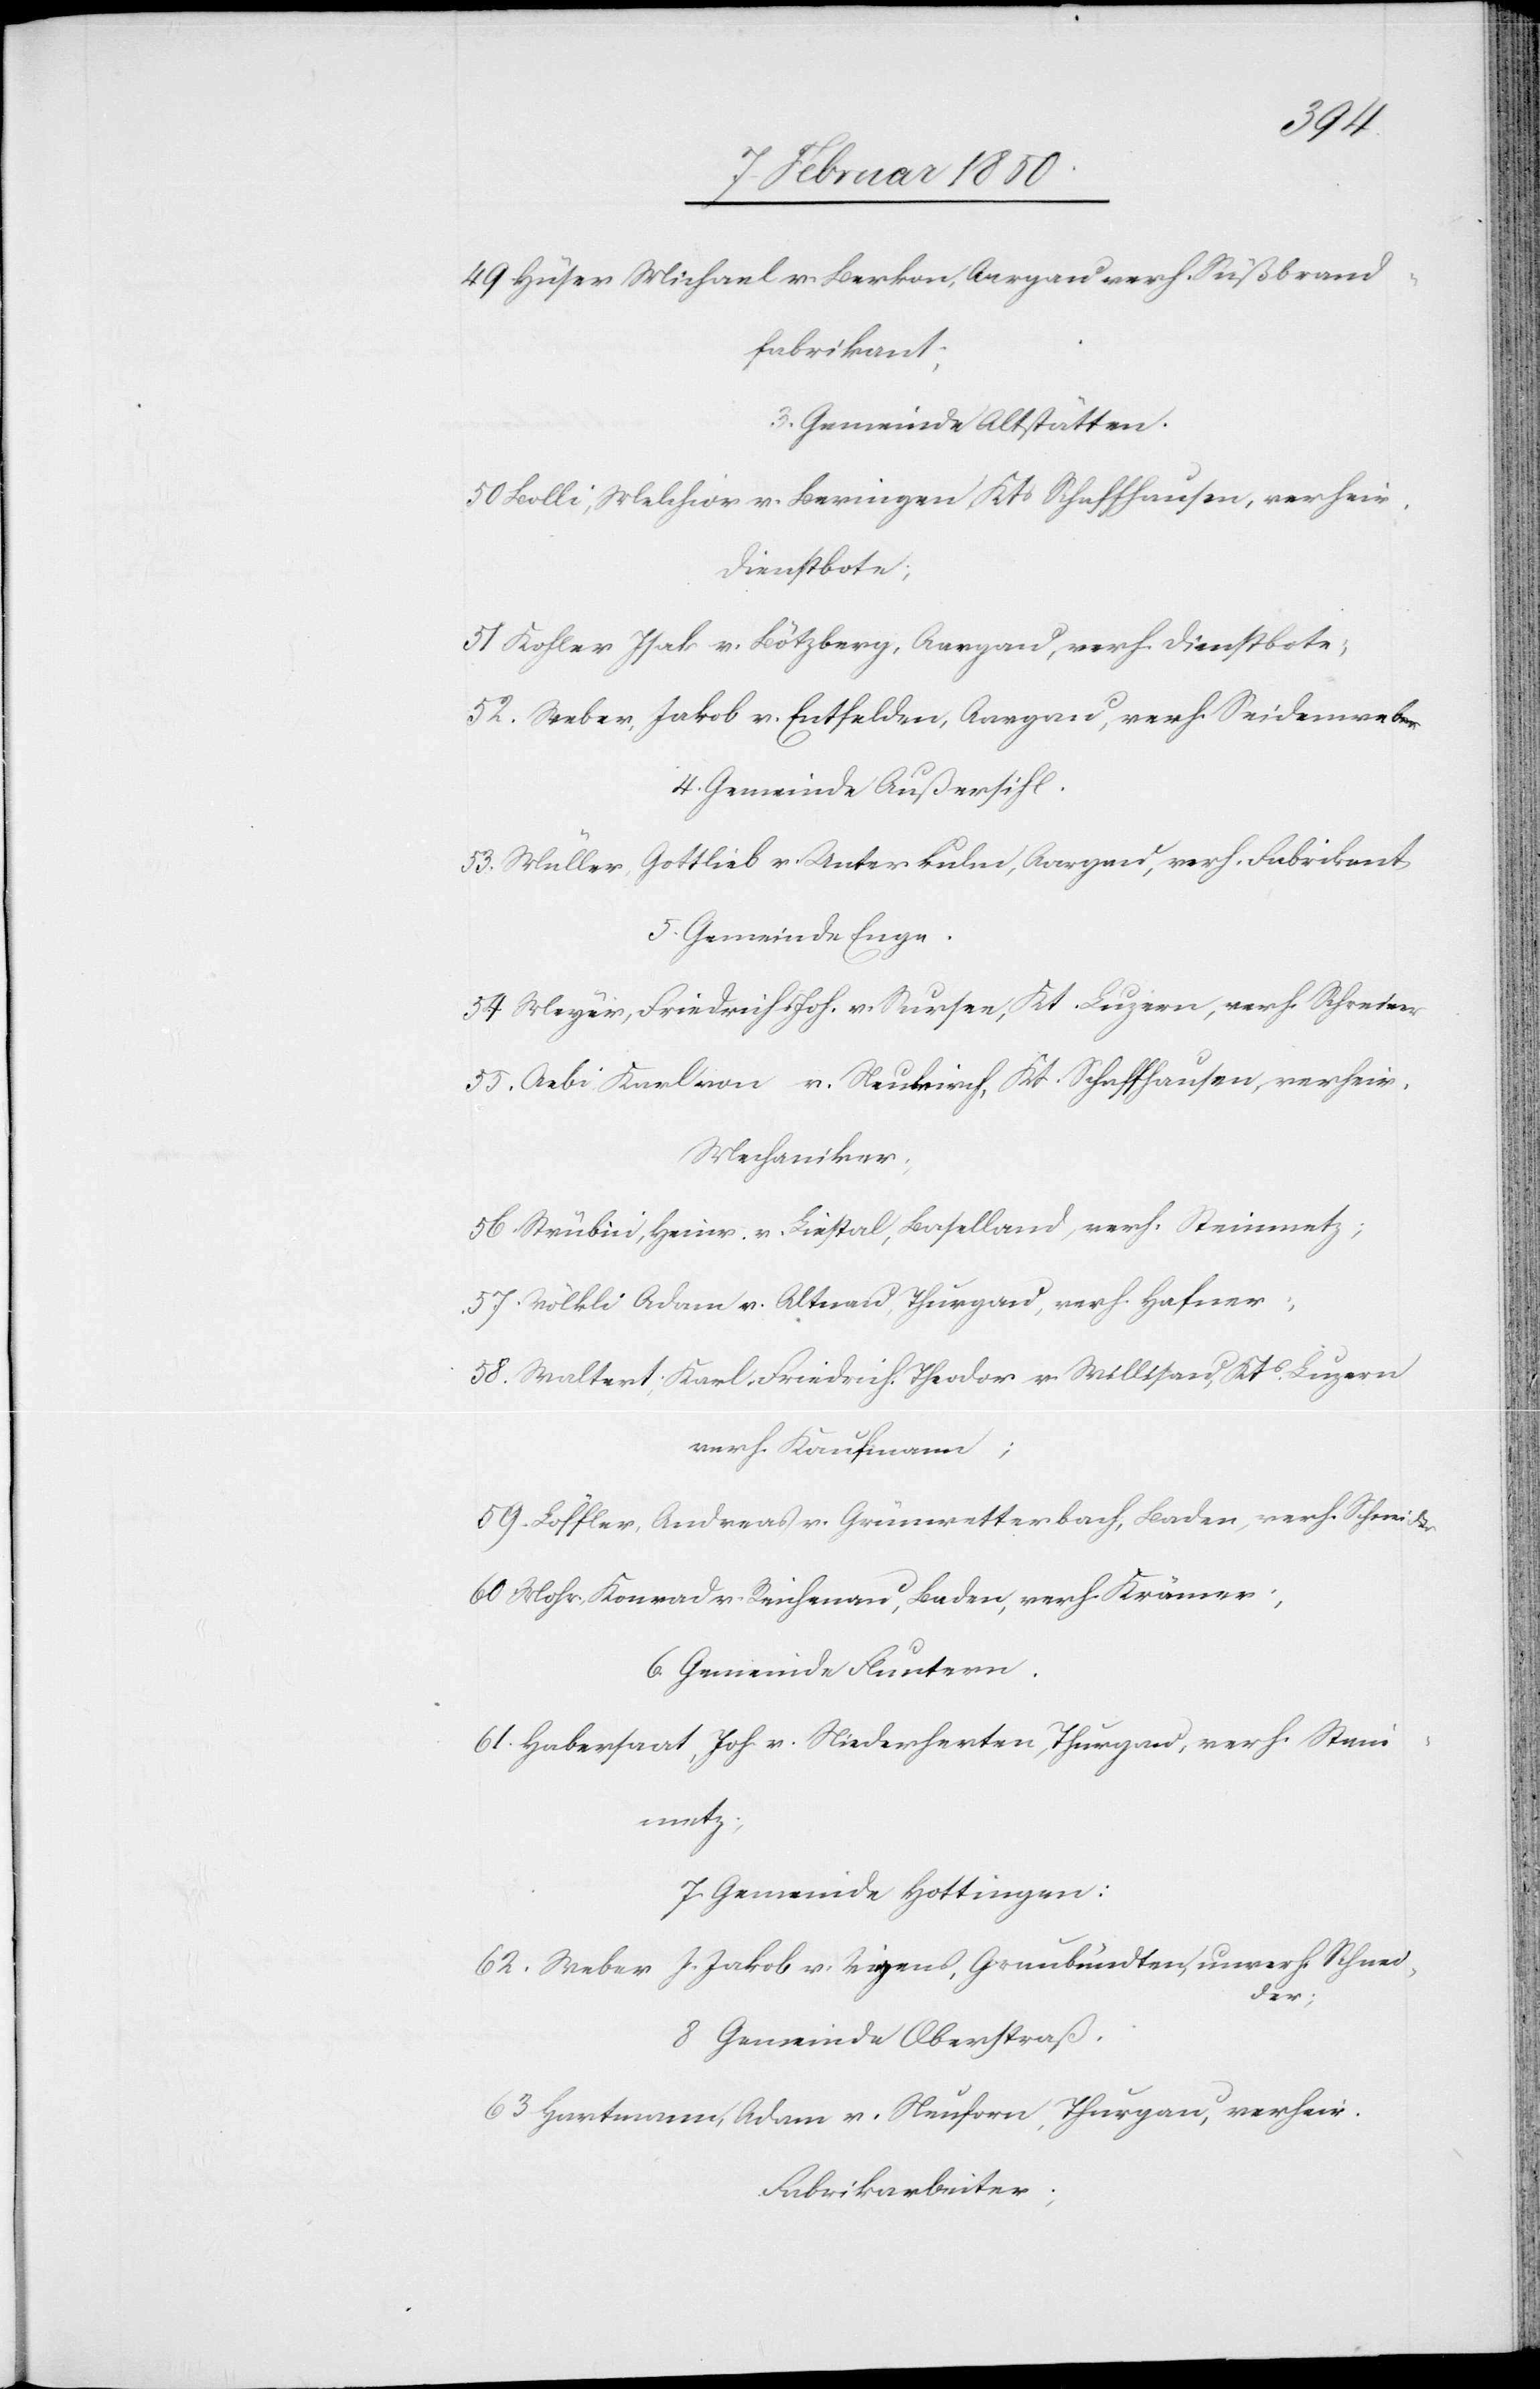
49 Hüser Michael v. Berkon, Aargau verh. Süßbrand¬
fabrikant;
3. Gemeinde Altstätten.
50 Bolli, Melchior v. Berningen, Kts Schaffhausen, verheir.
Dienstbote;
51 Kohler Isak v. Bötzberg, Aargau, verh. Dienstbote;
52. Weber, Jakob v. Entfelden, Aargau, verh. Seidenweber
4. Gemeinde Außersihl.
53. Müller, Gottlieb v. Unterkulm, Aargau, verh. Fabrikant
5. Gemeinde Enge.
54 Meyer, Friedrich Joh. v. Sursee, Kt. Luzern, verh. Schreiner
55. Aebi Karl von v. Neukirch, Kt. Schaffhausen, verheir.
Mechaniker;
56. Strübin, Heinr. v. Liestal, Baselland, verh. Steinmetz;
57. Völkli Adam v. Altnau, Thurgau, verh. Hafner;
58. Waltert, Karl-Friedrich Theodor v. Willisau, Kts Luzern
verh. Kaufmann;
59. Löffler, Andreas v. Grünwetterbach, Baden, verh. Schweißer
60 Mohr, Konrad v. Reichenau, Baden, verh. Krämer;
6. Gemeinde Fluntern.
61. Habersaat, Joh v. Niederherten, Thurgau, verh. Stein¬
metz;
7. Gemeinde Hottingen:
62. Weger J. Jakob v. Vigens, Graubündten, unverh. Schnei¬
der;
8 Gemeinde Oberstraß.
63 Hartmann, Adam v. Neuforn, Thurgau, verheir.
Fabrikarbeiter;